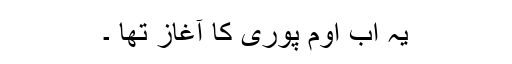
یہ اب اوم پوری کا آغاز تھا ۔